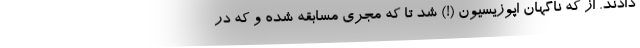
دادند. از که ناگهان اپوزیسیون (!) شد تا که مجری مسابقه شده و که در